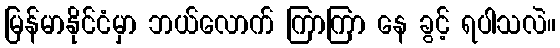
မြန်မာနိုင်ငံမှာ ဘယ်လောက် ကြာကြာ နေ ခွင့် ရပါသလဲ။